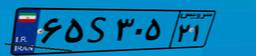
۶۵S۳۰۵۲۱